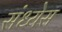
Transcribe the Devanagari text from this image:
संध्येस